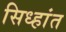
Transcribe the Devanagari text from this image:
सिध्हांत